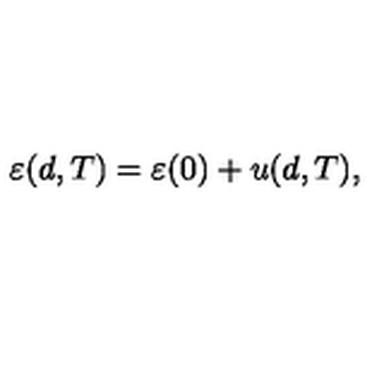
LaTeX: \varepsilon ( d , T ) = \varepsilon ( 0 ) + u ( d , T ) ,